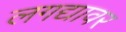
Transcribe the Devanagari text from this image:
लगद्यावर